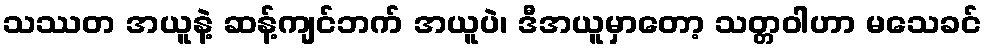
သဿတ အယူနဲ့ ဆန့်ကျင်ဘက် အယူပဲ၊ ဒီအယူမှာတော့ သတ္တဝါဟာ မသေခင်